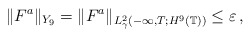
\begin{align*}\Vert F^a\Vert_{Y_9}=\Vert F^a\Vert_{L^2_\gamma(-\infty,T; H^9(\mathbb T))}\leq \varepsilon\,,\end{align*}